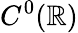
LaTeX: C^{0}(\mathbb{R})